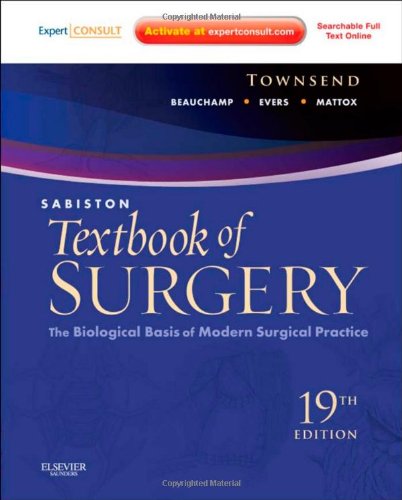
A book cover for Sabiston Textbook of Surgery: The Biological Basis of Modern Surgical Practice (Expert Consult Premium Edition - Enhanced Online Features and Print), 19e; Courtney M. Townsend Jr. MD; Medical Books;